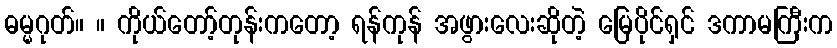
ဓမ္မဂုတ်။ ။ ကိုယ်တော့်တုန်းကတော့ ရန်ကုန် အဖွားလေးဆိုတဲ့ မြေပိုင်ရှင် ဒကာမကြီးက